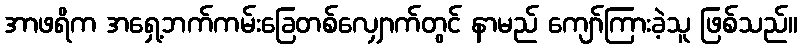
အာဖရိက အရှေ့ဘက်ကမ်းခြေတစ်လျှောက်တွင် နာမည် ကျော်ကြားခဲ့သူ ဖြစ်သည်။